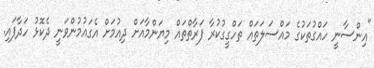
"އިންސާނީ ހައްގުތަކުގެ މައްސަލަތައް ތަހްގީގުކުރާ ފަރާތްތައް މިޔަންމާއަށް ދިއުމަށް އެގައުމުންވަނީ ދެކޮޅު ހަދާފައި.